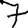
Digit: 7